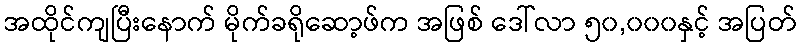
အထိုင်ကျပြီးနောက် မိုက်ခရိုဆော့ဖ်က အဖြစ် ဒေါ်လာ ၅၀,၀၀၀နှင့် အပြတ်